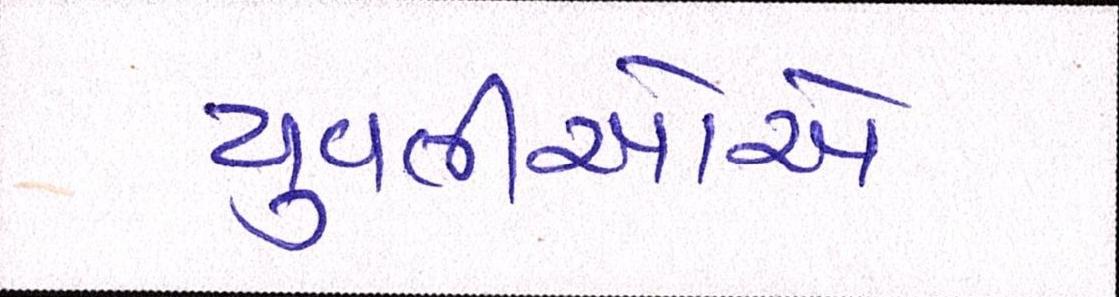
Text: યુવતીઓએ